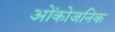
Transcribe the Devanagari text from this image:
ओंकोजनिक